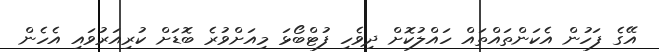
އޭގެ ފަހުން އެކަންތައްތައް ހައްލުކޮށް ދިވެހި ފުޓްބޯޅަ މިއަށްވުރެ ބޮޑަށް ކުރިއަރުވައި އެހެން